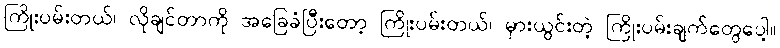
ကြိုးပမ်းတယ်၊ လိုချင်တာကို အခြေခံပြီးတော့ ကြိုးပမ်းတယ်၊ မှားယွင်းတဲ့ ကြိုးပမ်းချက်တွေပေါ့။